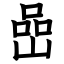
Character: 嵒